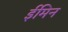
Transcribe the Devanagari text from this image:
ईमिन